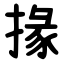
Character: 掾